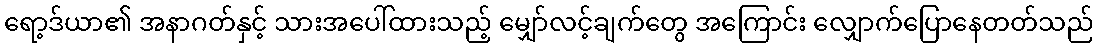
ရော့ဒ်ယာ၏ အနာဂတ်နှင့် သားအပေါ်ထားသည့် မျှော်လင့်ချက်တွေ အကြောင်း လျှောက်ပြောနေတတ်သည်